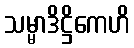
သမ္မာဒိဋ္ဌိကေဟိ